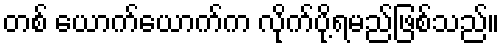
တစ် ယောက်ယောက်က လိုက်ပို့ရမည်ဖြစ်သည်။